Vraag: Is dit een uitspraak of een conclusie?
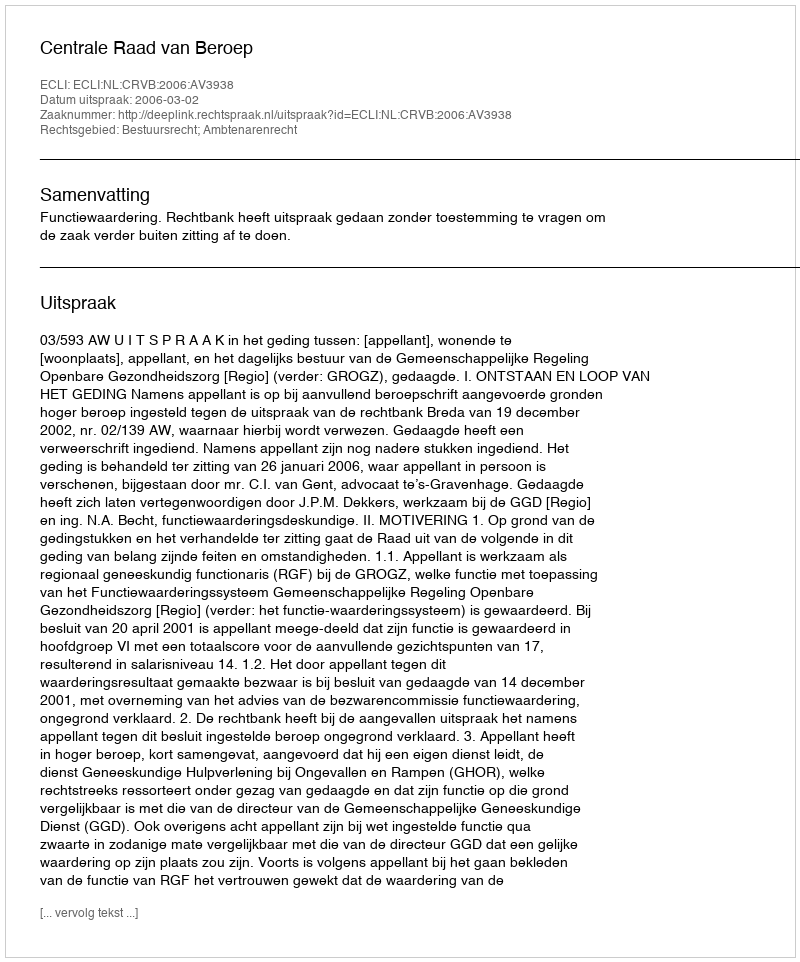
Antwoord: Uitspraak